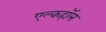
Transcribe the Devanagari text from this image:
एल्कहॉल